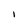
Character: I